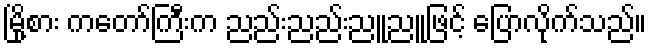
မြို့စား ကတော်ကြီးက ညည်းညည်းညူညူဖြင့် ပြောလိုက်သည်။